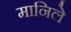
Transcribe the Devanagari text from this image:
मानिले